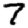
Digit: 7